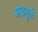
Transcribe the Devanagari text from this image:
अडगुळे